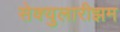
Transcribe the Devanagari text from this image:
सेक्युलारीझम